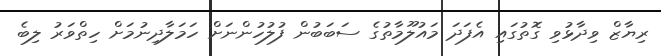
ރިޔާޒް ވިދާޅުވި ގޮތުގައި އެފަދަ މައުލޫމާތުގެ ސަބަބުން ފުލުހުންނަށް ހަމަލާދިނުމަށް ހިތްވަރު ލިބެ